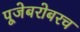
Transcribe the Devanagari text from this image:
पूजेबरोबरच